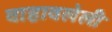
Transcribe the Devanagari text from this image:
वाहावलेली